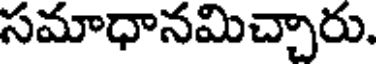
సమాధానమిచ్చారు.